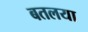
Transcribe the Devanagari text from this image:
बतलया